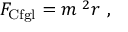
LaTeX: F _ { \mathrm { C f g l } } = m { \mathit { \Omega } } ^ { 2 } r \ ,